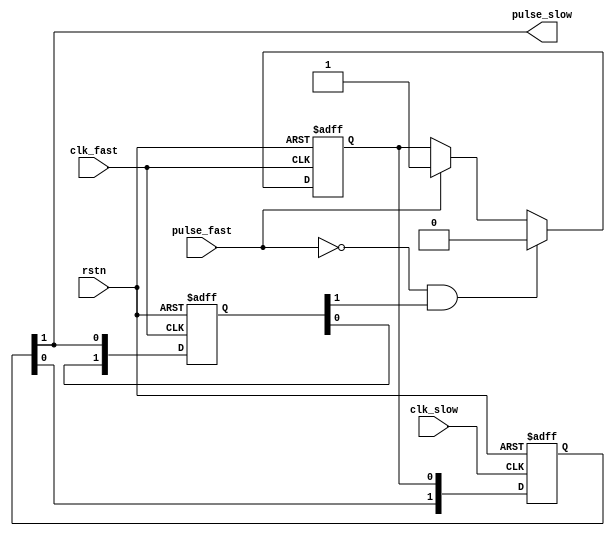
`timescale 1ns / 1ps
//////////////////////////////////////////////////////////////////////////////////
// Company:
// Engineer:
//
// Design Name:
// Module Name: pulse_syn_fast2s
// Project Name:
// Target Devices:
// Tool Versions:
// Description:
//
// Dependencies:
//
// Revision:
// Revision 0.01 - File Created
// Additional Comments:
//
//////////////////////////////////////////////////////////////////////////////////

// 25MHz 
// 100MHz 
module pulse_syn_fast2s
  #( parameter          PULSE_INIT = 1'b0
   )
  (
   input                rstn,
   input                clk_fast,
   input                pulse_fast,
   input                clk_slow,
   output               pulse_slow);

   wire                 clear_n ;
   reg                  pulse_fast_r ;
   /**************** fast clk ***************/
   //(1) 
   always@(posedge clk_fast or negedge rstn) begin
        if (!rstn)
           pulse_fast_r  <= PULSE_INIT ;
        else if (!clear_n)
           pulse_fast_r  <= 1'b0 ;
        else if (pulse_fast)
           pulse_fast_r  <= 1'b1 ;
   end

   reg  [1:0]           pulse_fast2s_r ;
   /************ slow clk *************/
   //(2) 
   always@(posedge clk_slow or negedge rstn) begin
      if (!rstn)
        pulse_fast2s_r     <= 3'b0 ;
      else
        pulse_fast2s_r     <= {pulse_fast2s_r[0], pulse_fast_r} ;
   end
   assign pulse_slow = pulse_fast2s_r[1] ;

   reg [1:0]            pulse_slow2f_r ;
   /********* feedback for slow clk to fast clk *******/
   //(3) 
   always@(posedge clk_fast or negedge rstn) begin
      if (!rstn)
        pulse_slow2f_r  <= 1'b0 ;
      else
        pulse_slow2f_r  <= {pulse_slow2f_r[0], pulse_slow} ;
   end
   //
   assign clear_n = ~(!pulse_fast && pulse_slow2f_r[1]) ;


endmodule